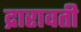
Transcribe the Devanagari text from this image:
द्रारावती